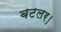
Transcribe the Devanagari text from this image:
बटलर।